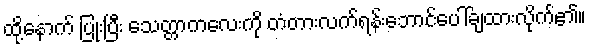
ထို့နောက် ပြုံးပြီး သေတ္တာကလေးကို တံတားလက်ရန်းဘောင်ပေါ်ချထားလိုက်၏။